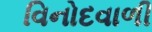
વિનોદવાળી